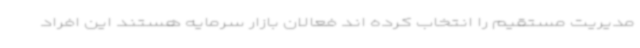
مدیریت مستقیم را انتخاب کرده اند فعالان بازار سرمایه هستند این افراد